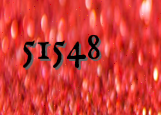
51548